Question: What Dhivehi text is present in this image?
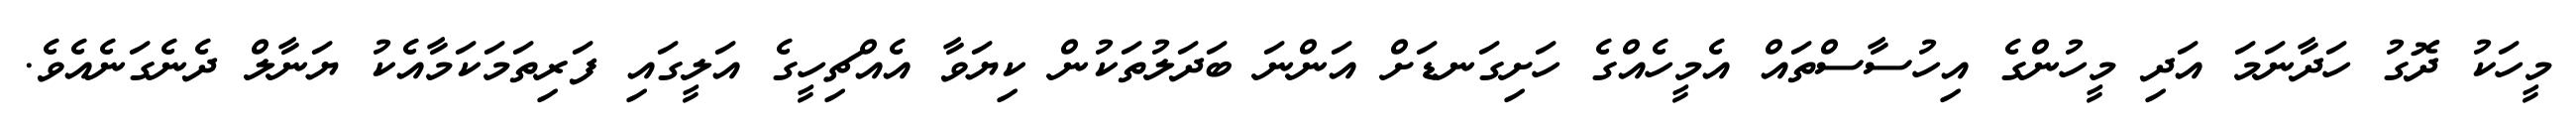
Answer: މީހަކު ދޮގު ހަދާނަމަ އަދި މީހުންގެ އިހުސާސްތައް އެމީހެއްގެ ހަށިގަނޑަށް އަންނަ ބަދަލުތަކުން ކިޔަވާ އެއްޗިހީގެ އަލީގައި ފަރިތަމަކަމާއެކު ޔަނާލް ދެނެގަނެއެވެ.